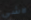
لاشي